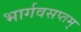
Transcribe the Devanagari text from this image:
भार्गवसप्तम्